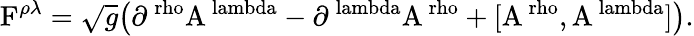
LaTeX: \mathrm{F}^{\rho\lambda}=\sqrt{g}\big(\mathrm{\partial^{\ rho}A^{\ lambda}-\partial^{\ lambda}A^{\ rho}+[A^{\ rho},A^{\ lambda}]\big)}.